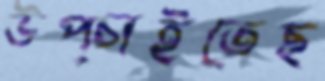
উপ্‌চাইতেছ